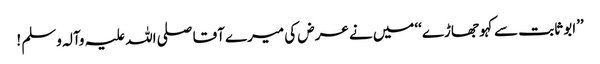
’’ابو ثابت سے کہو جھاڑے‘‘میں نے عرض کی میرے آقا صلی اللہ علیہ وآلہ وسلم !